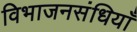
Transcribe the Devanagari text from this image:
विभाजनसंधियाँ